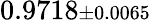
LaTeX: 0.9718{\scriptstyle\pm 0.0065}